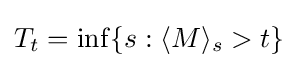
T_{t}=\inf\{s:\langle M\rangle _{s}>t\}